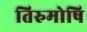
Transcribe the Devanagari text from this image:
तिरुमोषि